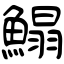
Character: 鰨